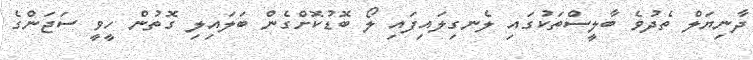
ދާނިޔަލް ތެދުވެ ބާލީސްތަކުގައި ލެނގިލައިފައި ލޯ ބޮޑުކޮށްގެން ބަލައިލި ގޮތުން ހީވީ ސަޖަންގެ